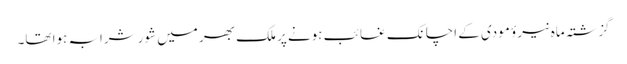
گزشتہ ماہ نیرؤ مودی کے اچانک غائب ہونے پر ملک بھر میں شور شرابہ ہوا تھا۔